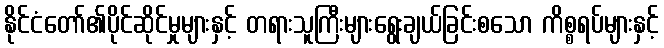
နိုင်ငံတော်၏ပိုင်ဆိုင်မှုများနှင့် တရားသူကြီးများရွေးချယ်ခြင်းစသော ကိစ္စရပ်များနှင့်